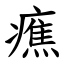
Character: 癄